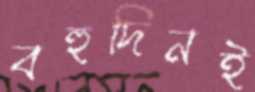
বহুদিনই